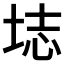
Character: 𫭰